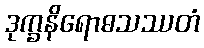
ဒုက္ခနိရောဓသဿတံ